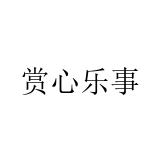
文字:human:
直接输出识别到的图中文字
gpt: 赏心乐事